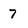
Character: 7